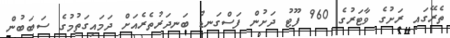
ތެރޭގައި ރަށުގެ ވާޓަރުގެ 960 ފޫޓު ދަށުން ފަސްގަނޑު ބަނދަރުތެރެއަށް ދަމައިގަތުމުގެ ސަބަބުން